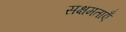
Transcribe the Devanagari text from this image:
सक्षमताएँ